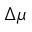
\Delta \mu